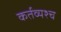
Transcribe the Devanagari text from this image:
कर्तव्यश्च